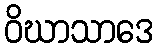
ဝိဃာသာဒေ